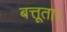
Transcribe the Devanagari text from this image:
बत्तूता।